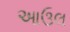
આઉલ